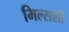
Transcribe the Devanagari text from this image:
मिल्सशी